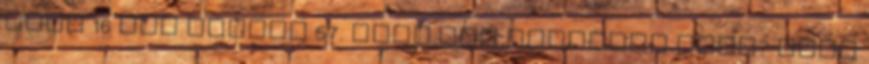
mind 16 sor cikkei 57. Cdfs.vxd megoldva UDMA? mind